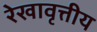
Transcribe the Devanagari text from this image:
रेखावृत्तीय